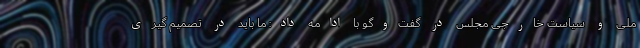
ملی و سیاست خارجی مجلس در گفت‌وگو با ادامه داد: ما باید در تصمیم گیری